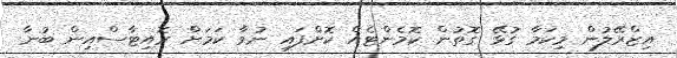
އިޒްރޭލުން މިކަމާ ގުޅޭ ގޮތުން ކޮމެންޓެއް ކޮށްފައި ނުވާ ކަމަށް ރޮއިޓާސްއިން ބުނާ